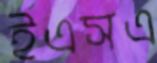
ইএসএ